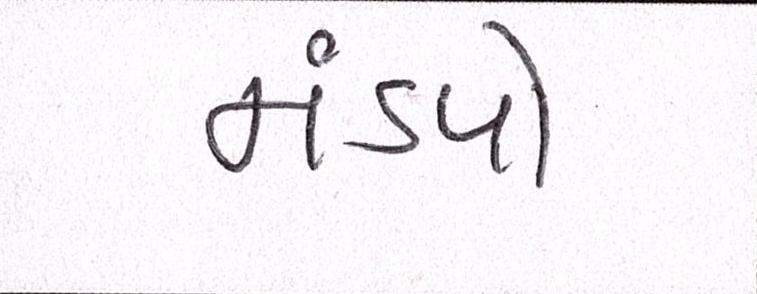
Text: મંડપો